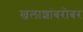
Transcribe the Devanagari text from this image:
खलाशांबरोबर